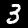
Label: 3